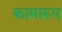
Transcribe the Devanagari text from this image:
कामारूप